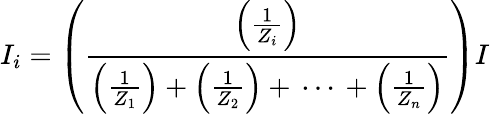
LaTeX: I_{i}=\left({\frac{\left({\frac{1}{Z_{i}}}\right)}{\left({\frac{1}{Z_{1}}}\right)+\left({\frac{1}{Z_{2}}}\right)+\, \cdots\, +\left({\frac{1}{Z_{n}}}\right)}}\right)I